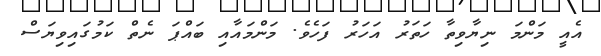
އެއީ މަންމަ ނިޔާވިތާ ހަތަރު އަހަރު ފަހެވެ. މަންމައާއި ބައްޕަ ނެތް ކަމުގައިވިޔަސް